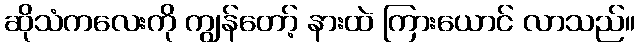
ဆိုသံကလေးကို ကျွန်တော့် နားထဲ ကြားယောင် လာသည်။